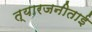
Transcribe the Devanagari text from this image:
त्यारजनीताई